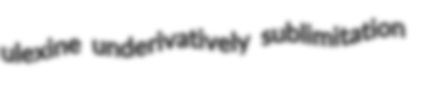
ulexine underivatively sublimitation